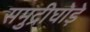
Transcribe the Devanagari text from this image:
समुद्रीघोड़े